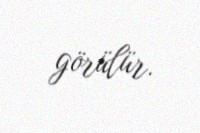
görülür.